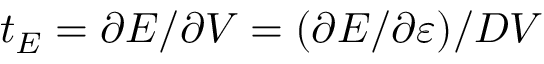
t _ { E } = \partial E / \partial V = ( \partial E / \partial \varepsilon ) / D V